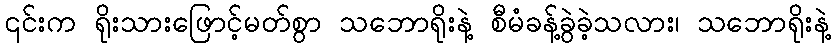
၎င်းက ရိုးသားဖြောင့်မတ်စွာ သဘောရိုးနဲ့ စီမံခန့်ခွဲခဲ့သလား၊ သဘောရိုးနဲ့